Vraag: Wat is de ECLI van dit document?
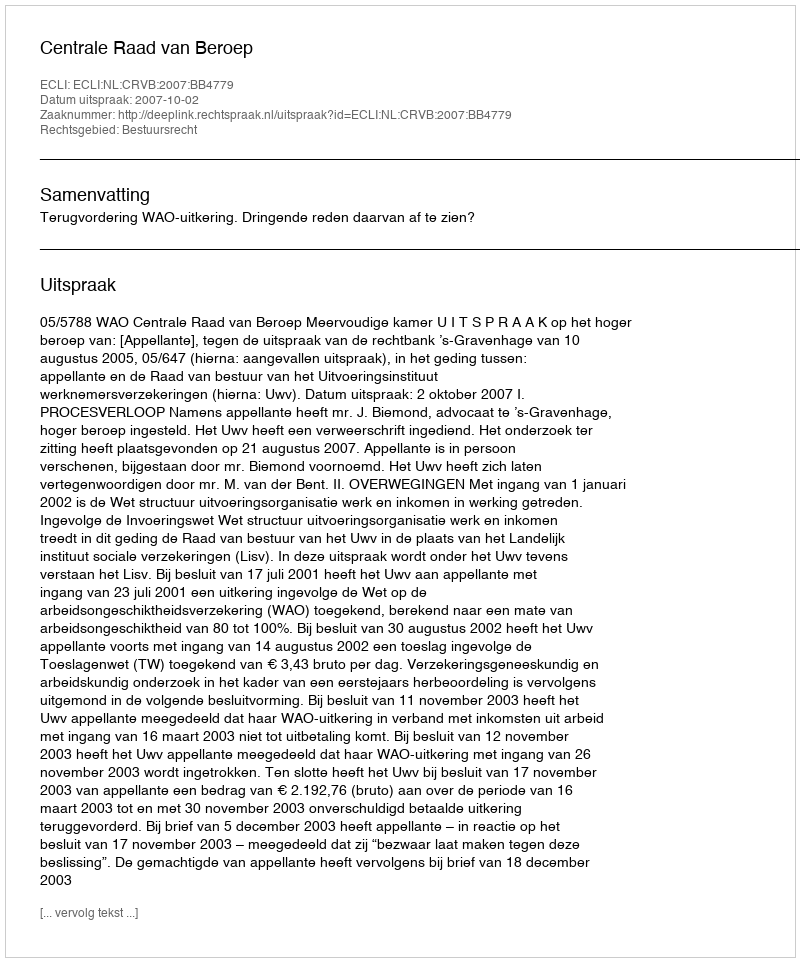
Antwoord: ECLI:NL:CRVB:2007:BB4779